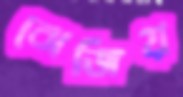
ঝেজিয়